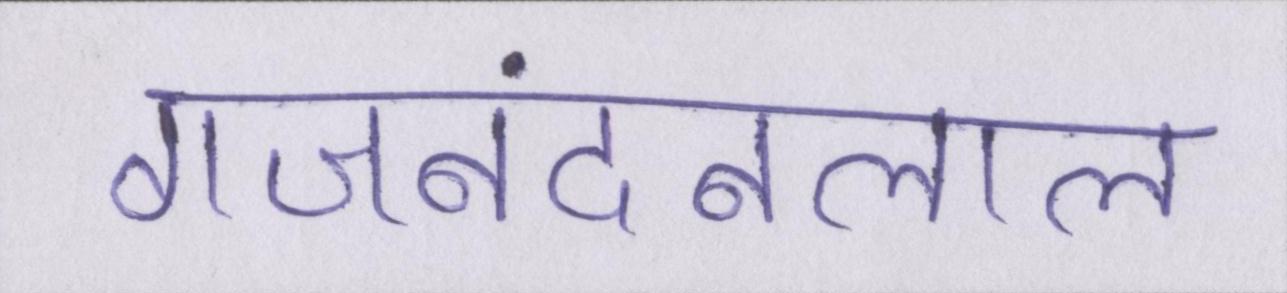
गजनंदनलाल